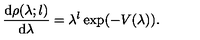
\frac { \mathrm { d } \rho ( \lambda ; l ) } { \mathrm { d } \lambda } = \lambda ^ { l } \exp ( - V ( \lambda ) ) .